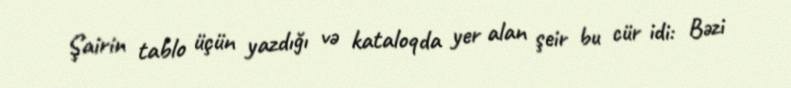
Şairin tablo üçün yazdığı və kataloqda yer alan şeir bu cür idi: Bəzi